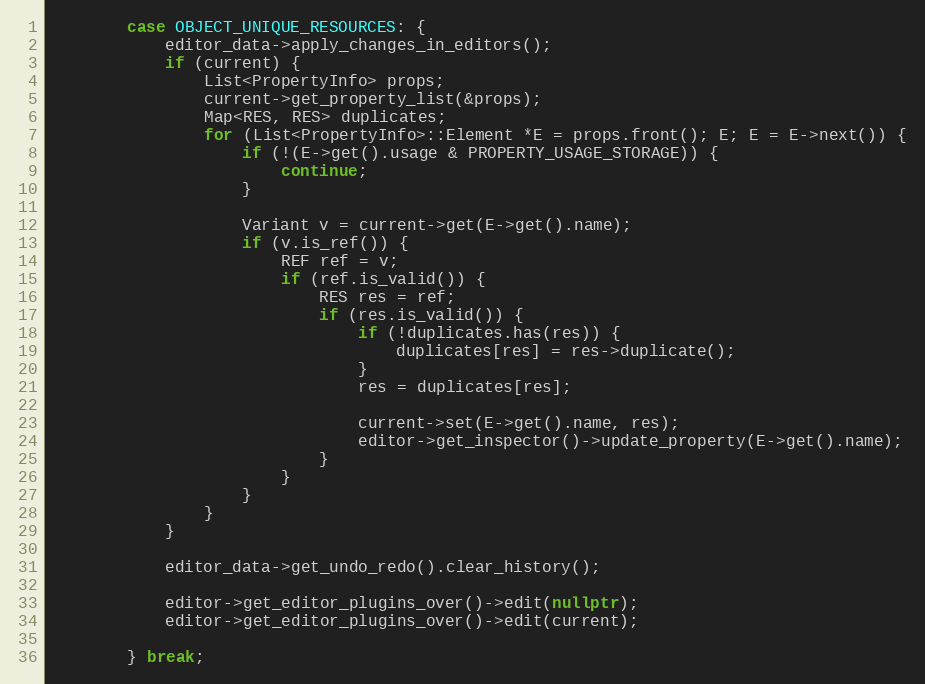
Language: C++
		case OBJECT_UNIQUE_RESOURCES: {
			editor_data->apply_changes_in_editors();
			if (current) {
				List<PropertyInfo> props;
				current->get_property_list(&props);
				Map<RES, RES> duplicates;
				for (List<PropertyInfo>::Element *E = props.front(); E; E = E->next()) {
					if (!(E->get().usage & PROPERTY_USAGE_STORAGE)) {
						continue;
					}

					Variant v = current->get(E->get().name);
					if (v.is_ref()) {
						REF ref = v;
						if (ref.is_valid()) {
							RES res = ref;
							if (res.is_valid()) {
								if (!duplicates.has(res)) {
									duplicates[res] = res->duplicate();
								}
								res = duplicates[res];

								current->set(E->get().name, res);
								editor->get_inspector()->update_property(E->get().name);
							}
						}
					}
				}
			}

			editor_data->get_undo_redo().clear_history();

			editor->get_editor_plugins_over()->edit(nullptr);
			editor->get_editor_plugins_over()->edit(current);

		} break;